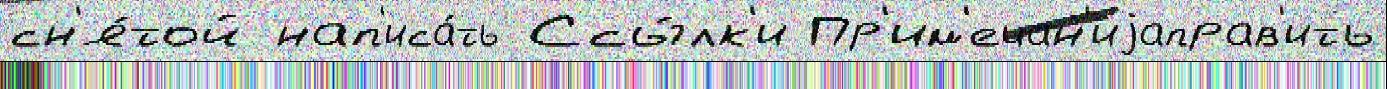
сн'я́той нап'иса́ть Ссы́лк'и Пр'им'ечан'иjаправ'ить